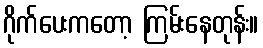
ဂိုက်ပေးကတော့ ကြမ်းနေတုန်း။